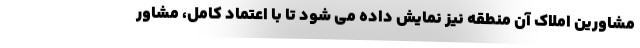
مشاورین املاک آن منطقه نیز نمایش داده می شود تا با اعتماد کامل، مشاور